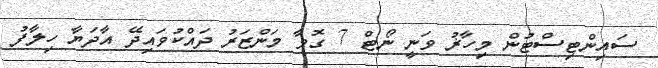
ސައިންޓިސްޓުން މިހާޜު ވަނީ ނޯޓް 7 ގޮވާ މަންޒަރު ދައްކުވައިދޭ އާދަޔާ ހިލާފު